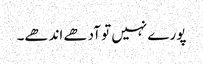
پورے نہیں تو آدھے اندھے۔